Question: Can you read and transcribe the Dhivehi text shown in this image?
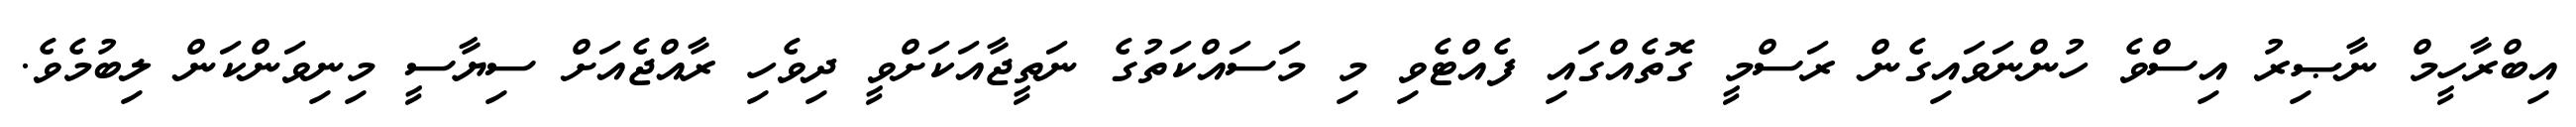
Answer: އިބްރާހީމް ނާޞިރު އިސްވެ ހުންނަވައިގެން ރަސްމީ ގޮތެއްގައި ފެއްޓެވި މި މަސައްކަތުގެ ނަތީޖާއަކަށްވީ ދިވެހި ރާއްޖެއަށް ސިޔާސީ މިނިވަންކަން ލިބުމެވެ.